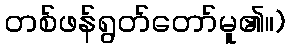
တစ်ဖန်ရွတ်တော်မူ၏။)